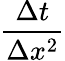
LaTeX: \frac{\Delta t}{\Delta x^{2}}